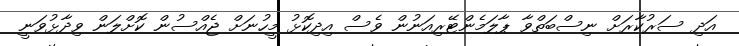
އަދި ސަރުކާރަށް ނިސްބަތްވާ ޕާލަމެންޓޭރިއަނުން ވެސް އިދިކޮޅު މީހުނަށް ޖެއްސުން ކޮށްލަން ވިދާޅުވަނީ